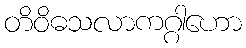
တိဝိဓသလာကဂ္ဂါဟော